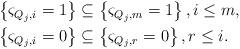
LaTeX: \begin{align*}\begin{aligned}&\left\{\varsigma_{Q_j,i}=1\right\}\subseteq\left\{\varsigma_{Q_j,m}=1\right\}, i \le m,\\&\left\{\varsigma_{Q_j,i}=0\right\}\subseteq\left\{\varsigma_{Q_j,r}=0\right\}, r \le i.\end{aligned}\end{align*}